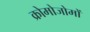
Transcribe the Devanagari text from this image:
क्रोमोजोमों